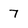
Character: 7